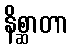
နိစ္ဆာတာ